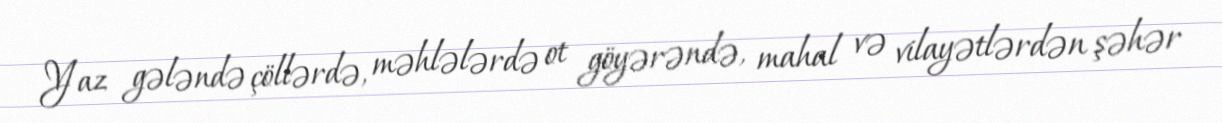
Yaz gələndə çöllərdə, məhlələrdə ot göyərəndə, mahal və vilayətlərdən şəhər